Indian Civil Veterinary Department memoirs
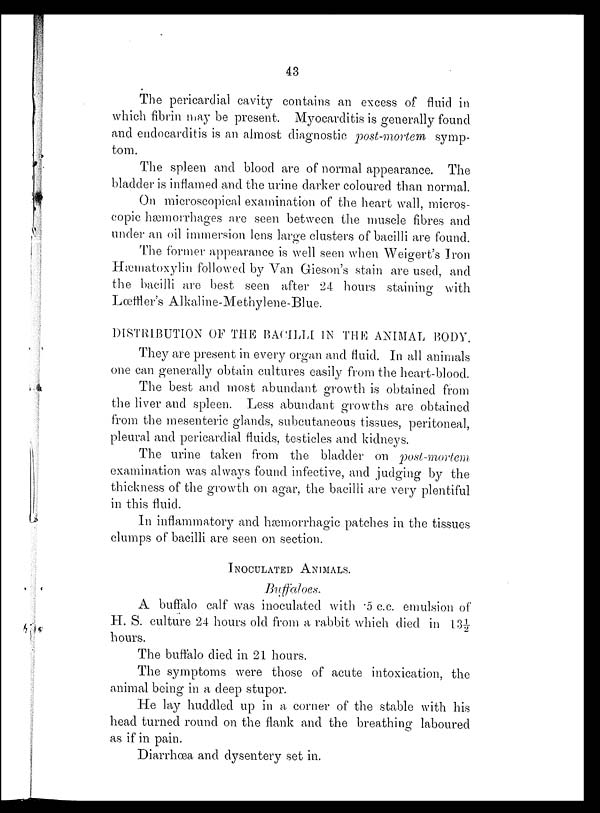
43
The pericardial cavity contains an excess of fluid in
which fibrin may be present. Myocarditis is generally found
and endocarditis is an almost diagnostic post-mortem
symp-
tom.
The spleen and blood are of normal appearance. The
bladder is inflamed and the urine darker coloured than normal.
On microscopical examination of the heart wall, micros-
copic hæmorrhages are seen between the muscle fibres and
under an oil immersion lens large clusters of bacilli are found.
The former appearance is well seen when Weigert's Iron
Hæmatoxylin followed by Van Gieson's stain are used, and
the bacilli are best seen after 24 hours staining with
Lœffler's Alkaline-Methylene-Blue.
DISTRIBUTION OF THE BACILLI IN THE ANIMAL BODY.
They are present in every organ and fluid. In all animals
one can generally obtain cultures easily from the heart-blood.
The best and most abundant growth is obtained from
the liver and spleen. Less abundant growths are obtained
from the mesenteric glands, subcutaneous tissues, peritoneal,
pleural and pericardial fluids, testicles and kidneys.
The urine taken from the bladder on
post-mortem
examination was always found infective, and judging by the
thickness of the growth on agar, the bacilli are very plentiful
in this fluid.
In inflammatory and hæmorrhagic patches in the tissues
clumps of bacilli are seen on section.
INOCULATION ANIMALS.
Buffaloes.
A buffalo calf was inoculated with .5 c.c. emulsion of
H. S. culture 24 hours old from a rabbit which died in 13½
hours.
The buffalo died in 21 hours.
The symptoms were those of acute intoxication, the
animal being in a deep stupor.
He lay huddled up in a corner of the stable with his
head turned round on the flank and the breathing laboured
as if in pain.
Diarrhœa and dysentery set in.